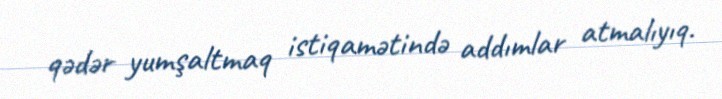
qədər yumşaltmaq istiqamətində addımlar atmalıyıq.